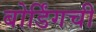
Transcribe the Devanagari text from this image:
बोर्डिंगची